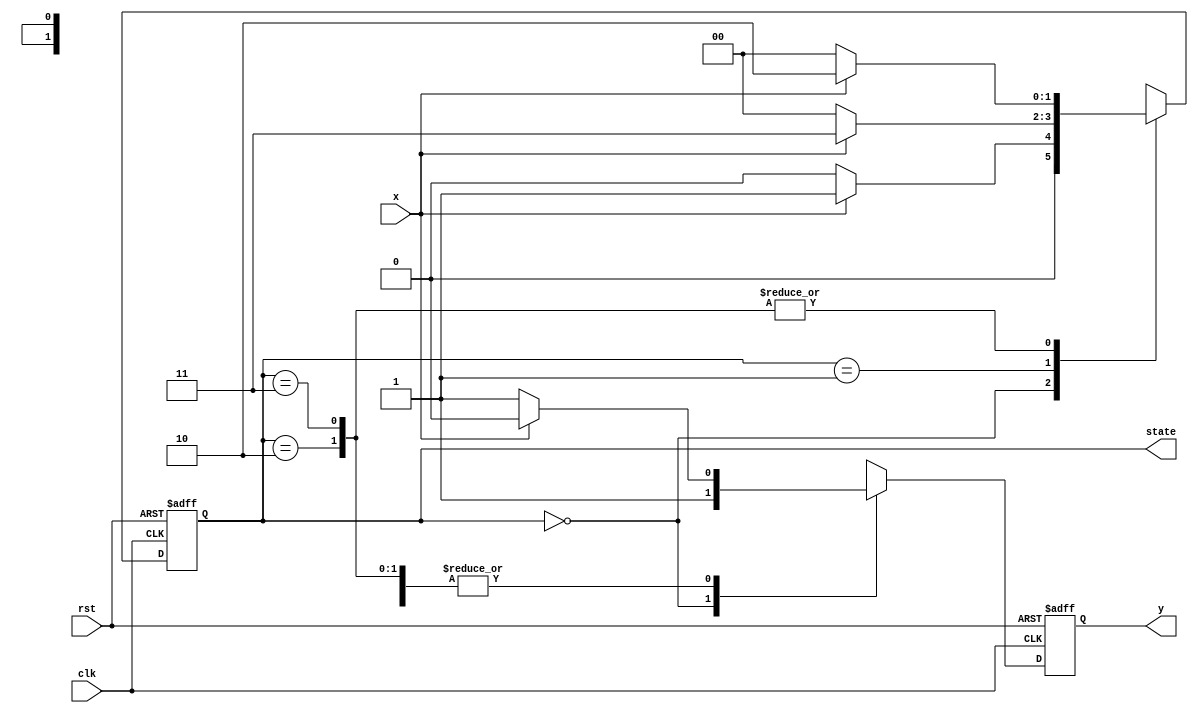
module StateDiagram(clk, rst, x, y, state );

input clk, rst, x;
output reg [1:0] state;
output reg y;

always @(negedge rst or posedge clk) begin
    if(!rst) state <= 2'b00;
    else begin
        case(state)
            2'b00 : state <= x? 2'b01 : 2'b00;
            2'b01 : state <= x? 2'b11 : 2'b00;
            2'b10 : state <= x? 2'b10 : 2'b00;
            2'b11 : state <= x? 2'b10 : 2'b00;
        endcase
    end
end
always @(negedge rst or posedge clk) begin
    if(!rst) y <= 0;
    else begin
        case(state)
            2'b00 : y <= 1'b01;
            2'b01 : y <= x? 1'b0 : 1'b1;
            2'b10 : y <= x? 1'b0 : 1'b1;
            2'b11 : y <= x? 1'b0 : 1'b1;
        endcase
    end
end
endmodule